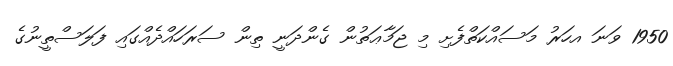
1950 ވަނަ އހަރު މަސައްކަތްފެށި މި ޖަމާޢަތުން ގެންދަނީ ތިން ސަރަހައްދެއްގައި ފަލަސްތީނުގެ